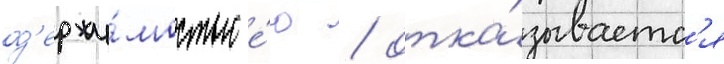
од'ержи́мостью е́ю / отка́зываетс'я